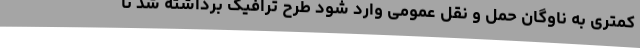
کمتری به ناوگان حمل و نقل عمومی وارد شود طرح ترافیک برداشته شد تا